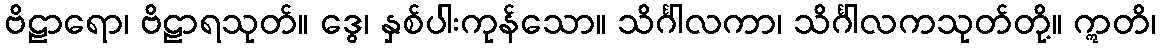
ဗိဠာရော၊ ဗိဠာရသုတ်။ ဒွေ၊ နှစ်ပါးကုန်သော။ သိင်္ဂါလကာ၊ သိင်္ဂါလကသုတ်တို့။ ဣတိ၊